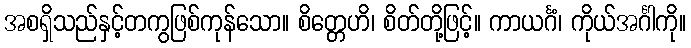
အစရှိသည်နှင့်တကွဖြစ်ကုန်သော။ စိတ္တေဟိ၊ စိတ်တို့ဖြင့်။ ကာယင်္ဂံ၊ ကိုယ်အင်္ဂါကို။